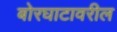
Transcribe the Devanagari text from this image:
बोरघाटावरील